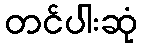
တင်ပါးဆုံ